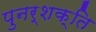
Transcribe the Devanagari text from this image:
पुनर्शक्ति